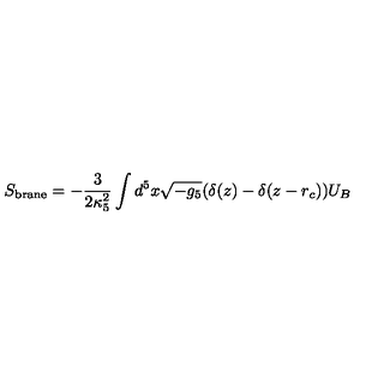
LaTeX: S _ { \mathrm { b r a n e } } = - \frac { 3 } { 2 \kappa _ { 5 } ^ { 2 } } \int d ^ { 5 } x \sqrt { - g _ { 5 } } ( \delta ( z ) - \delta ( z - r _ { c } ) ) U _ { B }